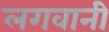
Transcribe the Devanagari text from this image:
लगवानी